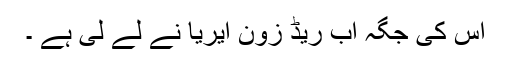
اس کی جگہ اب ریڈ زون ایریا نے لے لی ہے ۔